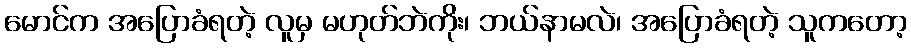
မောင်က အပြောခံရတဲ့ လူမှ မဟုတ်ဘဲကိုး၊ ဘယ်နာမလဲ၊ အပြောခံရတဲ့ သူကတော့